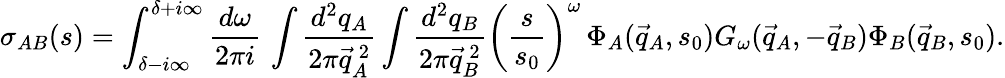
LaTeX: \sigma_{AB}(s)=\int_{\delta-i\infty}^{\delta+i\infty}\frac{d\omega}{2\pi i}\, \int\frac{d^{2}q_{A}}{2\pi\vec{q}_{A}^{~2}}\int\frac{d^{2}q_{B}}{2\pi\vec{q}_{B}^{~2}}\left(\frac s{s_{0}}\right)^{\omega}\, \Phi_{A}({\vec{q}}_{A},s_{0})G_{\omega}({\vec{q}}_{A},-{\vec{q}}_{B})\Phi_{B}({\vec{q}}_{B},s_{0}).